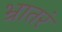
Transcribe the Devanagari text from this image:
भ्रातरं